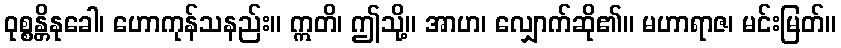
ဝုစ္စန္တိနုခေါ၊ ဟောကုန်သနည်း။ ဣတိ၊ ဤသို့။ အာဟ၊ လျှောက်ဆို၏။ မဟာရာဇ၊ မင်းမြတ်။